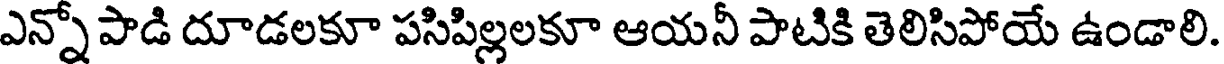
ఎన్నో పాడి దూడలకూ పసిపిల్లలకూ ఆయనీ పాటికి తెలిసిపోయే ఉండాలి.